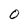
Character: O